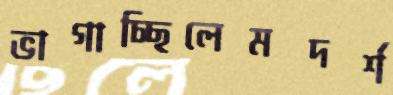
ভাগাচ্ছিলেমদর্শ